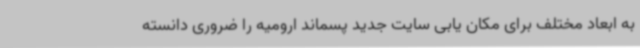
به ابعاد مختلف برای مکان یابی سایت جدید پسماند ارومیه را ضروری دانسته